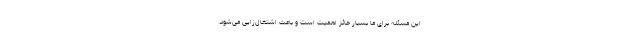
این مسئله برای ما بسیار حائز اهمیت است و باعث اشتغال‌زایی می‌شود.